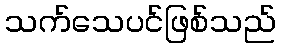
သက်သေပင်ဖြစ်သည်